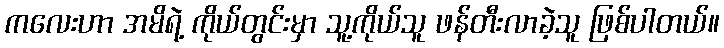
ကလေးဟာ အမိရဲ့ ကိုယ်တွင်းမှာ သူ့ကိုယ်သူ ဖန်တီးလာခဲ့သူ ဖြစ်ပါတယ်။